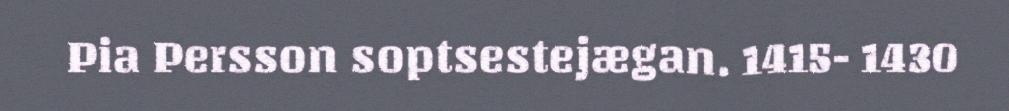
Pia Persson soptsestejægan. 1415- 1430